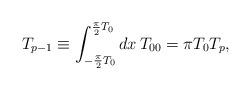
LaTeX: \begin{align*}T_{p-1}\equiv \int_{-\frac{\pi}{2}T_{0}}^{\frac{\pi}{2}T_{0}}dx \, T_{00} = \pi T_{0} T_{p},\end{align*}